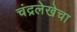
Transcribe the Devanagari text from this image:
चंद्रलेखेचा